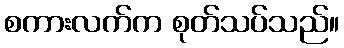
စကားလက်က စုတ်သပ်သည်။